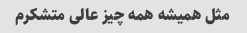
مثل همیشه همه چیز عالی متشکرم